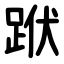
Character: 䟮